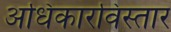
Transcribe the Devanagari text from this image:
अधिकारविस्तार